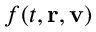
f ( t , \mathbf { r } , \mathbf { v } )